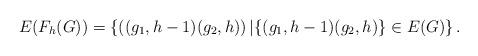
LaTeX: \begin{align*}E(F_h(G))=\left\{\left((g_1,h-1)(g_2,h)\right)|\{(g_1,h-1)(g_2,h)\}\in E(G)\right\}.\end{align*}